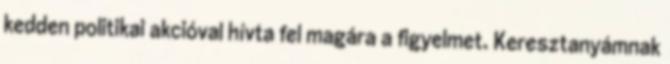
kedden politikai akcióval hívta fel magára a figyelmet. Keresztanyámnak